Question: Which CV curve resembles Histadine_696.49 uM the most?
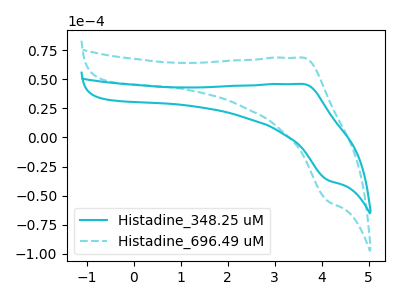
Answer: <think>The cyan curve "Histadine_348.25 uM" has an anodic peak at (3.60V, 45.90uA) and a cathodic peak at (4.15V, -36.60uA). The cyan dashed curve "Histadine_696.49 uM" has an anodic peak at (3.60V, 68.50uA) and a cathodic peak at (4.15V, -54.65uA).
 All the peaks in "Histadine_348.25 uM" have a peak in "Histadine_696.49 uM" at the same potential. Every peak in "Histadine_348.25 uM" is lower than every peak in "Histadine_696.49 uM".</think>
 <answer>The CV with the most similar shape to "Histadine_348.25 uM" is "Histadine_696.49 uM".</answer>
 <eval>"Histadine_696.49 uM"</eval>